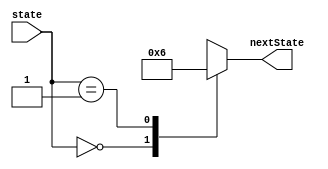
module donCareCaseStatement (
  input wire [1:0] state,
  output reg [1:0] nextState
);

always @* begin
  case(state)
    2'b00 : nextState = 2'b01; // Case for state 00
    2'b01 : nextState = 2'b10; // Case for state 01
    default : nextState = 2'bx; // Don't care case
  endcase
end

endmodule